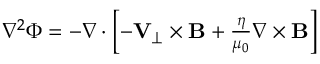
\begin{array} { r } { \nabla ^ { 2 } \Phi = - \nabla \cdot \left[ - { \mathbf V } _ { \perp } \times { \mathbf B } + \frac { \eta } { \mu _ { 0 } } \nabla \times { \mathbf B } \right] } \end{array}